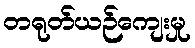
တရုတ်ယဉ်ကျေးမှု